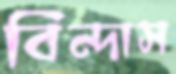
বিন্দাস